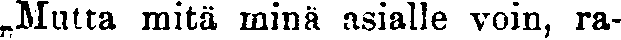
„Mutta mitä minä asialle voin, ra-